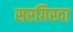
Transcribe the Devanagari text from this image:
सरग़िरदा